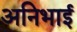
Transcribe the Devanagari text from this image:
अनिभाई